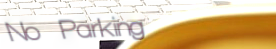
No Parking